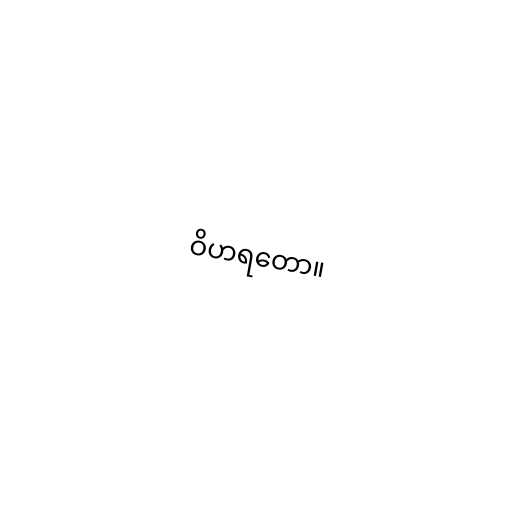
ဝိဟရတော။